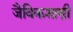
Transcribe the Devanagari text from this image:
जैविकशास्त्री